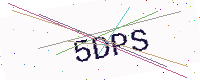
Text: 5DPS